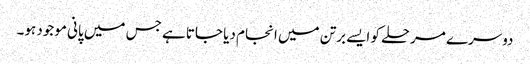
دوسرے مرحلے کو ایسے برتن میں انجام دیا جاتا ہے جس میں پانی موجود ہو۔